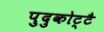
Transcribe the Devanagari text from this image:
पुदुकोट्टै